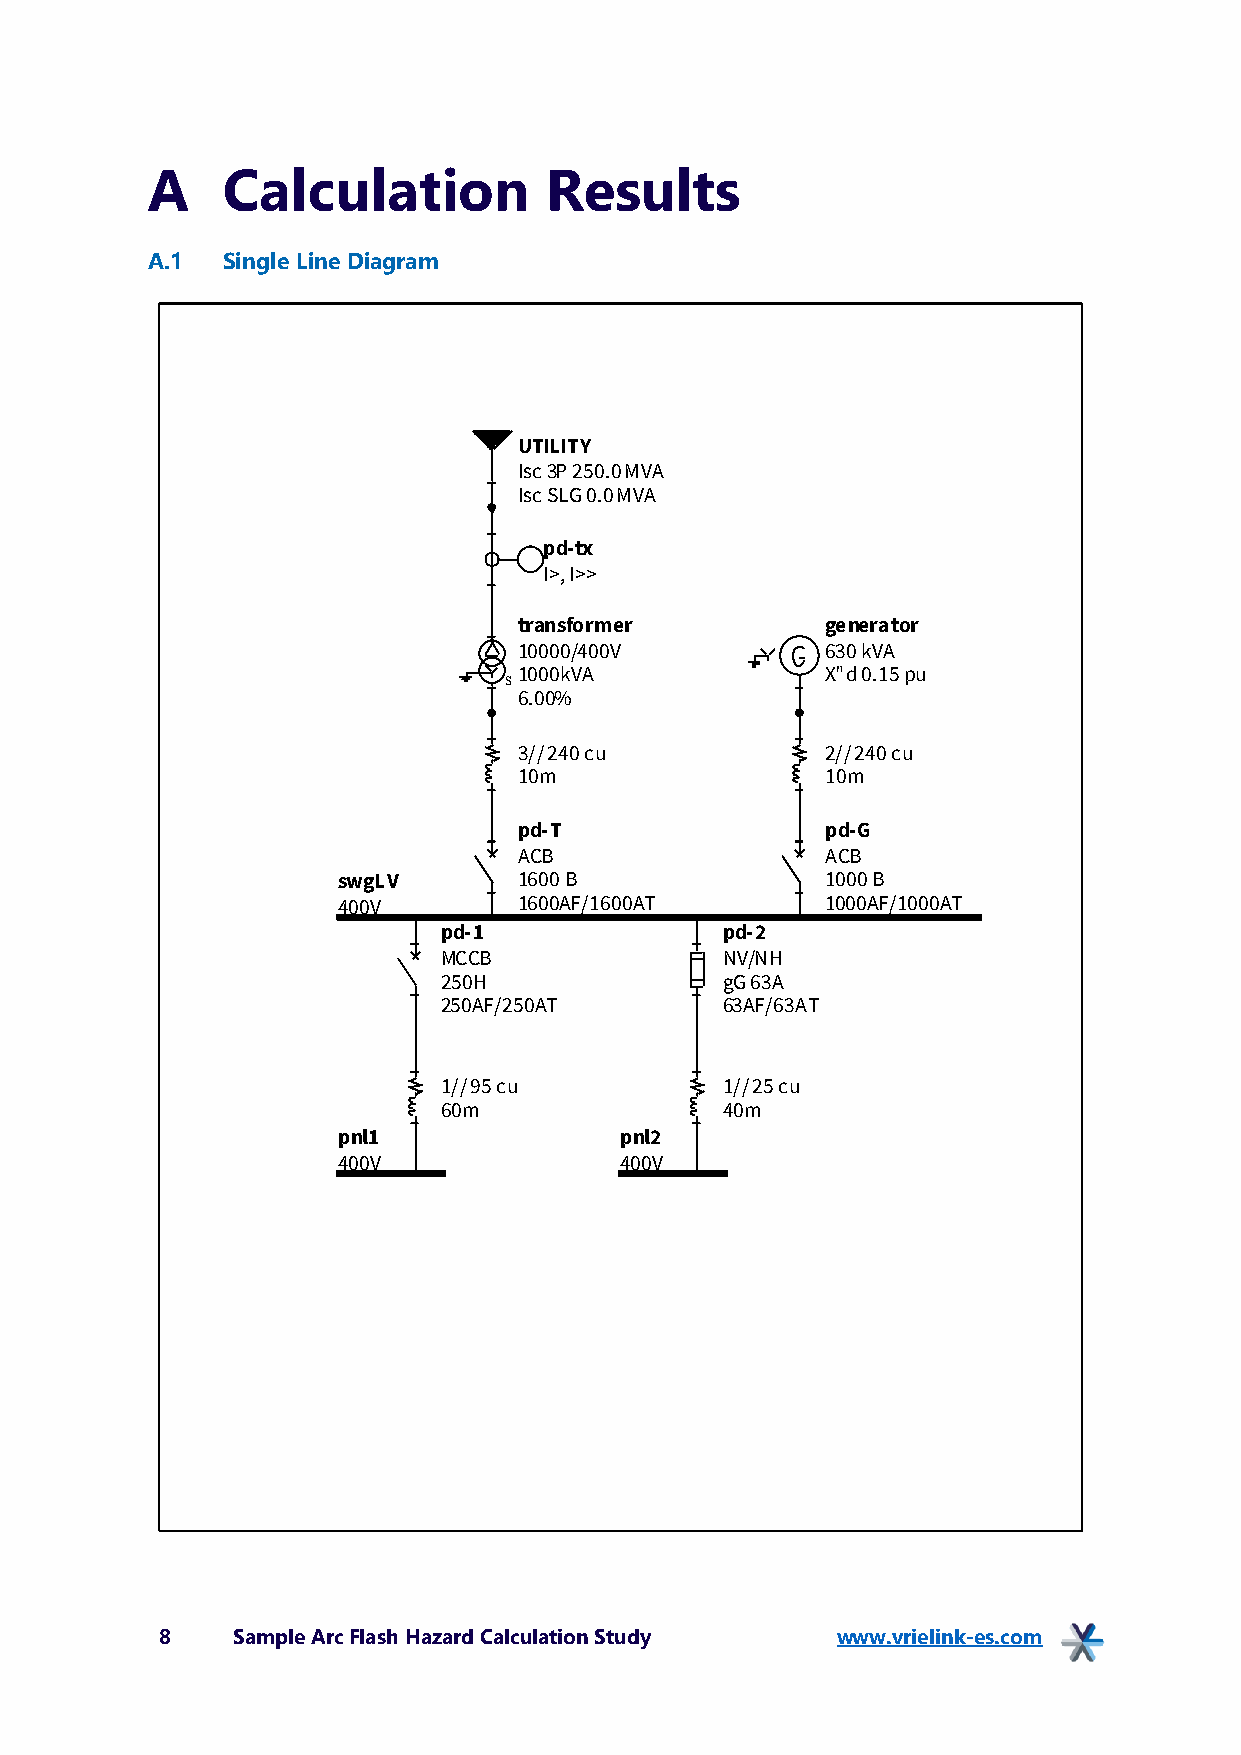
A    Calculation          Results
 A.1  Single Line Diagram
 UTILITY
 Isc 3P 250.0 MVA
 Isc SLG 0.0 MVA
 pd-tx
 I>, I>>
 transformer          generator
 10000/400V           630 kVA
 1000kVA              X"d 0.15 pu
 S
 6.00%
 3// 240 cu           2// 240 cu
 10m                  10m
 pd-T                 pd-G
 ACB                  ACB
 swgLV       1600 B               1000 B
 400V        1600AF/1600AT        1000AF/1000AT
 pd-1               pd-2
 MCCB               NV/NH
 250H               gG 63A
 250AF/250AT        63AF/63AT
 1// 95 cu          1// 25 cu
 60m                40m
 pnl1               pnl2
 400V               400V
 8   Sample Arc Flash Hazard Calculation Study www.vrielink-es.com